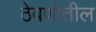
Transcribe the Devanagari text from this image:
ठेवणीतील